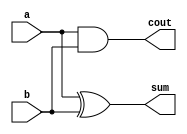
// This program was cloned from: https://github.com/michaelliao/learn-verilog
// License: GNU General Public License v3.0

/*
Half Adder:

a  b  cout sum
--------------
0 + 0 = 0  0
0 + 1 = 0  1
1 + 0 = 0  1
1 + 1 = 1  0

*/

module half_adder(
    input a,
    input b,
    output cout,
    output sum
);
    assign cout = a & b;
    assign sum = a ^ b;
endmodule